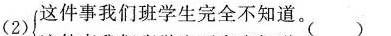
(2) 这件事我们班学生完全不知道。()